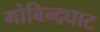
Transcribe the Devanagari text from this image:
गोबिन्दघाट